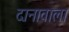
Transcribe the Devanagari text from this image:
दानावाला